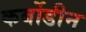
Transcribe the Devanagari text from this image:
कर्बोडीन